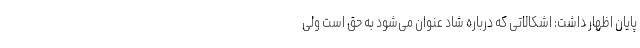
پایان اظهار داشت: اشکالاتی که درباره شاد عنوان می‌شود به حق است ولی